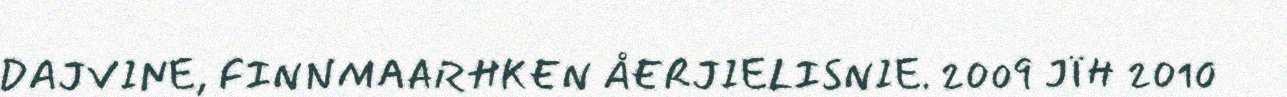
DAJVINE, FINNMAARHKEN ÅERJIELISNIE. 2009 JÏH 2010